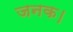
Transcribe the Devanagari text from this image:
जनक।